Report of the Indian Hemp Drugs Commission, 1894-1895 - Volume VI
Year: 1894
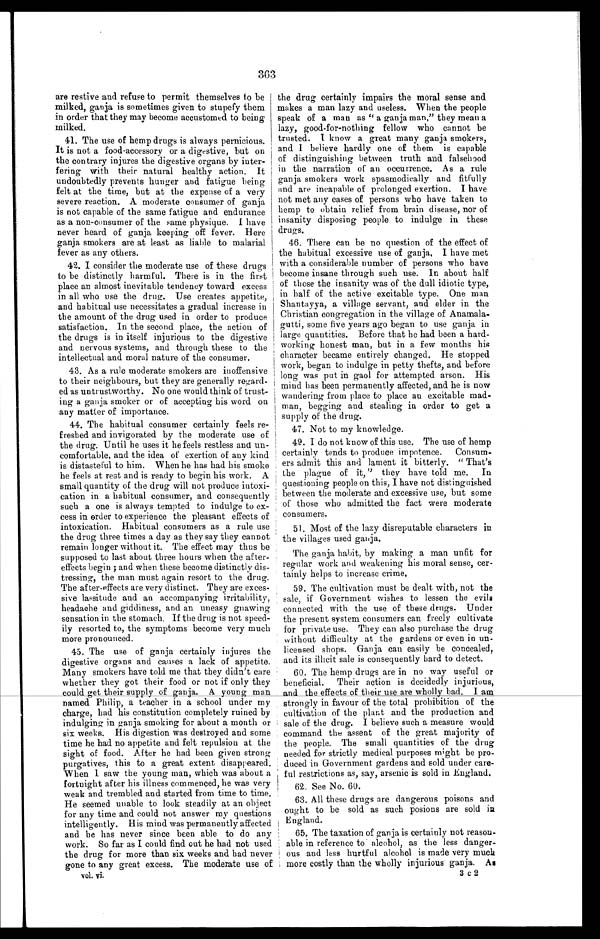
363) Out)
the drug certainly impairs the moral sense and
makes a man lazy and useless. When the people
speak of a man as " a ganja man," they mean a
lazy, good-for-nothing fellow who cannot be
trusted. I know a great many ganja smokers,
and I believe hardly one of them is capable
of distinguishing between truth and falsehood
in the narration of an occurrence. As a rule
ganja smokers work spasmodically and fitfully
and are incapable of prolonged exertion. I have
not met any cases of persons who have taken to
hemp to obtain relief from brain disease, nor of
insanity disposing people to indulge in these
drugs.
46. There can be no question of the effect of
the habitual excessive use of ganja, I have met
with a considerable number of persons who have
become insane through such use. In about half
of those the insanity was of the dull idiotic type,
in half of the active excitable type. One man
Shantayya, a village servant, and elder in the
Christian congregation in the village of
A n a m a l a - g u t t i , s o m e f i v e y e a r s a g o b e g a n t o u s e g a n j a i n
large quantities. Before that he had been a hard-
working honest man, but in a few months his
character became entirely changed. He stopped
work, began to indulge in petty thefts, and before
long was put in gaol for attempted arson. His
mind has been permanently affected, and he is now
wandering from place to place an excitable mad-
man, begging and stealing in order to get a
supply of the drug.
47. Not to my knowledge.
49. I do not know of this use. The use of hemp
certainly tends to produce impotence. Consum-
ers admit this and lament it bitterly. " That's
the plague of it, " they have told me. In
questioning people on this, I have not distinguished
between the moderate and excessive use, but some
of those who admitted the fact were moderate
consumers.
51. Most of the lazy disreputable characters in
the villages used ganja.
The ganja habit, by making a man unfit for
regular work and weakening his moral sense, cer-
tainly helps to increase crime.
59. The cultivation must be dealt with, not the
sale, if Government wishes to lessen the evils
connected with the use of these drugs. Under
the present system consumers can freely cultivate
for private use. They can also purchase the drug
without difficulty at the gardens or even in un-
licensed shops. Ganja can easily be concealed,
and its illicit sale is consequently hard to detect.
60. The hemp drugs are in no way useful or
beneficial. Their action is decidedly injurious,
and the effects of their use are wholly bad. I am
strongly in favour of the total prohibition of the
cultivation of the plant and the production and
sale of the drug. I believe such a measure would
command the assent of the great majority of
the people. The small quantities of the drug
needed for strictly medical purposes might be pro-
duced in Government gardens and sold under care-
ful restrictions as, say, arsenic is sold in England.
62. See No. 60.
63. All these drugs are dangerous poisons and
ought to be sold as such posions are sold in
England.
65. The taxation of ganja is certainly not reason-
able in reference to . alcohol, as the less danger-
ous and less hurtful alcohol is made very muck
more costly than the wholly injurious . ganja. As
3 c 2
are restive and refuse to permit themselves to be
milked, ganja is sometimes given to stupefy them
in order that they may become accustomed to being
milked.
41. The use of hemp drugs is always pernicious.
It is not a food-accessory or a digestive, but on
the contrary injures the digestive organs by inter-
fering with their natural healthy action. It
undoubtedly prevents hunger and fatigue being
felt at the time, but at the expense of a very
severe reaction. A moderate consumer of ganja
is not capable of the same fatigue and endurance
as a non-consumer of the same physique. I have
never heard of ganja keeping off fever. Here
ganja smokers are at least as liable to malarial
fever as any others.
42. I consider the moderate use of these drugs
to be distinctly harmful. There is in the first
place an almost inevitable tendency toward excess
in all who use the drug. Use creates appetite,
and habitual use necessitates a gradual increase in
the amount of the drug used in order to produce
satisfaction. In the second place, the action of
the drugs is in itself injurious to the digestive
and nervous systems, and through these to the
intellectual and moral nature of the consumer.
43. As a rule moderate smokers are inoffensive
to their neighbours, but they are generally regard-
ed as untrustworthy. No one would think of trust-
ing a ganja smoker or of accepting his word on
any matter of importance.
44. The habitual consumer certainly feels re
freshed and invigorated by the moderate use of
the drug. Until he uses it he feels restless and un
comfortable, and the idea of exertion of any kind
is distasteful to him. When he has had his smoke
be feels at rest and is ready to begin his work. A
small quantity of the drug will not produce intoxi-
cation in a habitual consumer, and consequently
such a one is always tempted to indulge to ex-
cess in order to experience the pleasant effects of
intoxication. Habitual consumers as a rule use
the drug three times a day as they say they cannot
remain longer without it. The effect may thus be
supposed to last about three hours when the after-
effects begin ; and when these become distinctly dis-
tressing, the man must again resort to the drug.
The after-effects are very distinct. They are exces-
sive lassitude and an accompanying irritability,
headache and giddiness, and an uneasy gnawing
sensation in the stomach. If the drug is not speed-
ily resorted to, the symptoms become very much
more pronounced.
45. The use of ganja certainly injures the
digestive organs and causes a lack of appetite.
Many smokers have told me that they didn't care
whether they got their food or not if only they
could get their supply of ganja. A young man
named Philip, a teacher in a school under my
charge, had his constitution completely ruined by
indulging in ganja smoking for about a month or
six weeks. His digestion was destroyed and some
time he had no appetite and felt repulsion at the
sight of food. After he had been given strong
purgatives, this to a great extent disappeared.
When I saw the young man. which was about a
fortnight after his illness commenced he was very
weak and trembled and started from time to time.
He seemed unable to look steadily at an object
for any time and could not answer my questions
intelligently. His mind was permanently affected
and he has never since been able to do any
work. So far as I could find out he had not used
the drug for more than six weeks and had never
gone to any great excess. The moderate use of
vol. vi.